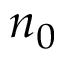
n _ { 0 }